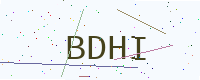
Text: BDHI